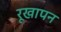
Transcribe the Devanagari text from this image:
रूखापन